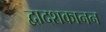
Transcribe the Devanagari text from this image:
द्वादशकानन